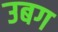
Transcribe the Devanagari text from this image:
उबग